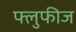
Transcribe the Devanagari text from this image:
फ्लुफीज